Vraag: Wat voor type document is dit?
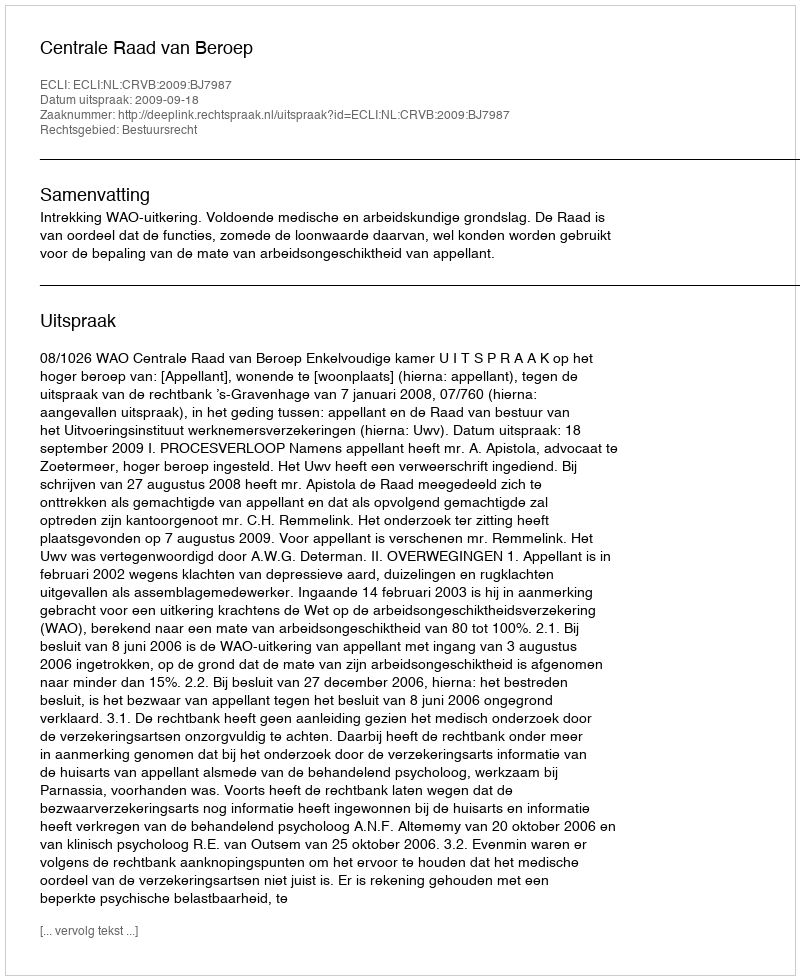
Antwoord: Uitspraak